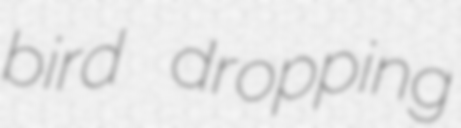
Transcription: bird dropping